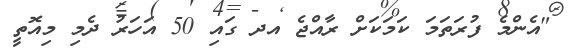
"އެންމެ ފުރަތަމަ ކަމަކަށް ރާއްޖެ އދ ގައި 50 އަހަރު ދެމި މިއޮތީ